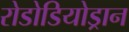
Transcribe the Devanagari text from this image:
रोडोडियोड्रान